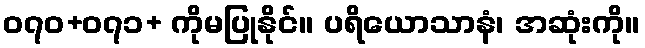
၀၇၀+၀၇၁+ ကိုမပြုနိုင်။ ပရိယောသာနံ၊ အဆုံးကို။